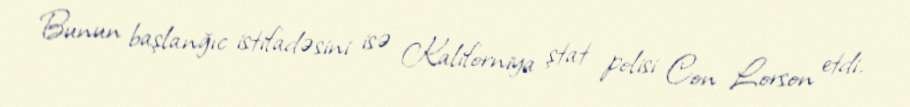
Bunun başlanğıc istifadəsini isə Kaliforniya ştat polisi Con Lorson etdi.